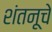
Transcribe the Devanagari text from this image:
शंतनूचे